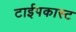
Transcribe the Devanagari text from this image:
टाईपकास्ट